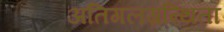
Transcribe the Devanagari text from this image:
अतिगलग्रन्थिता